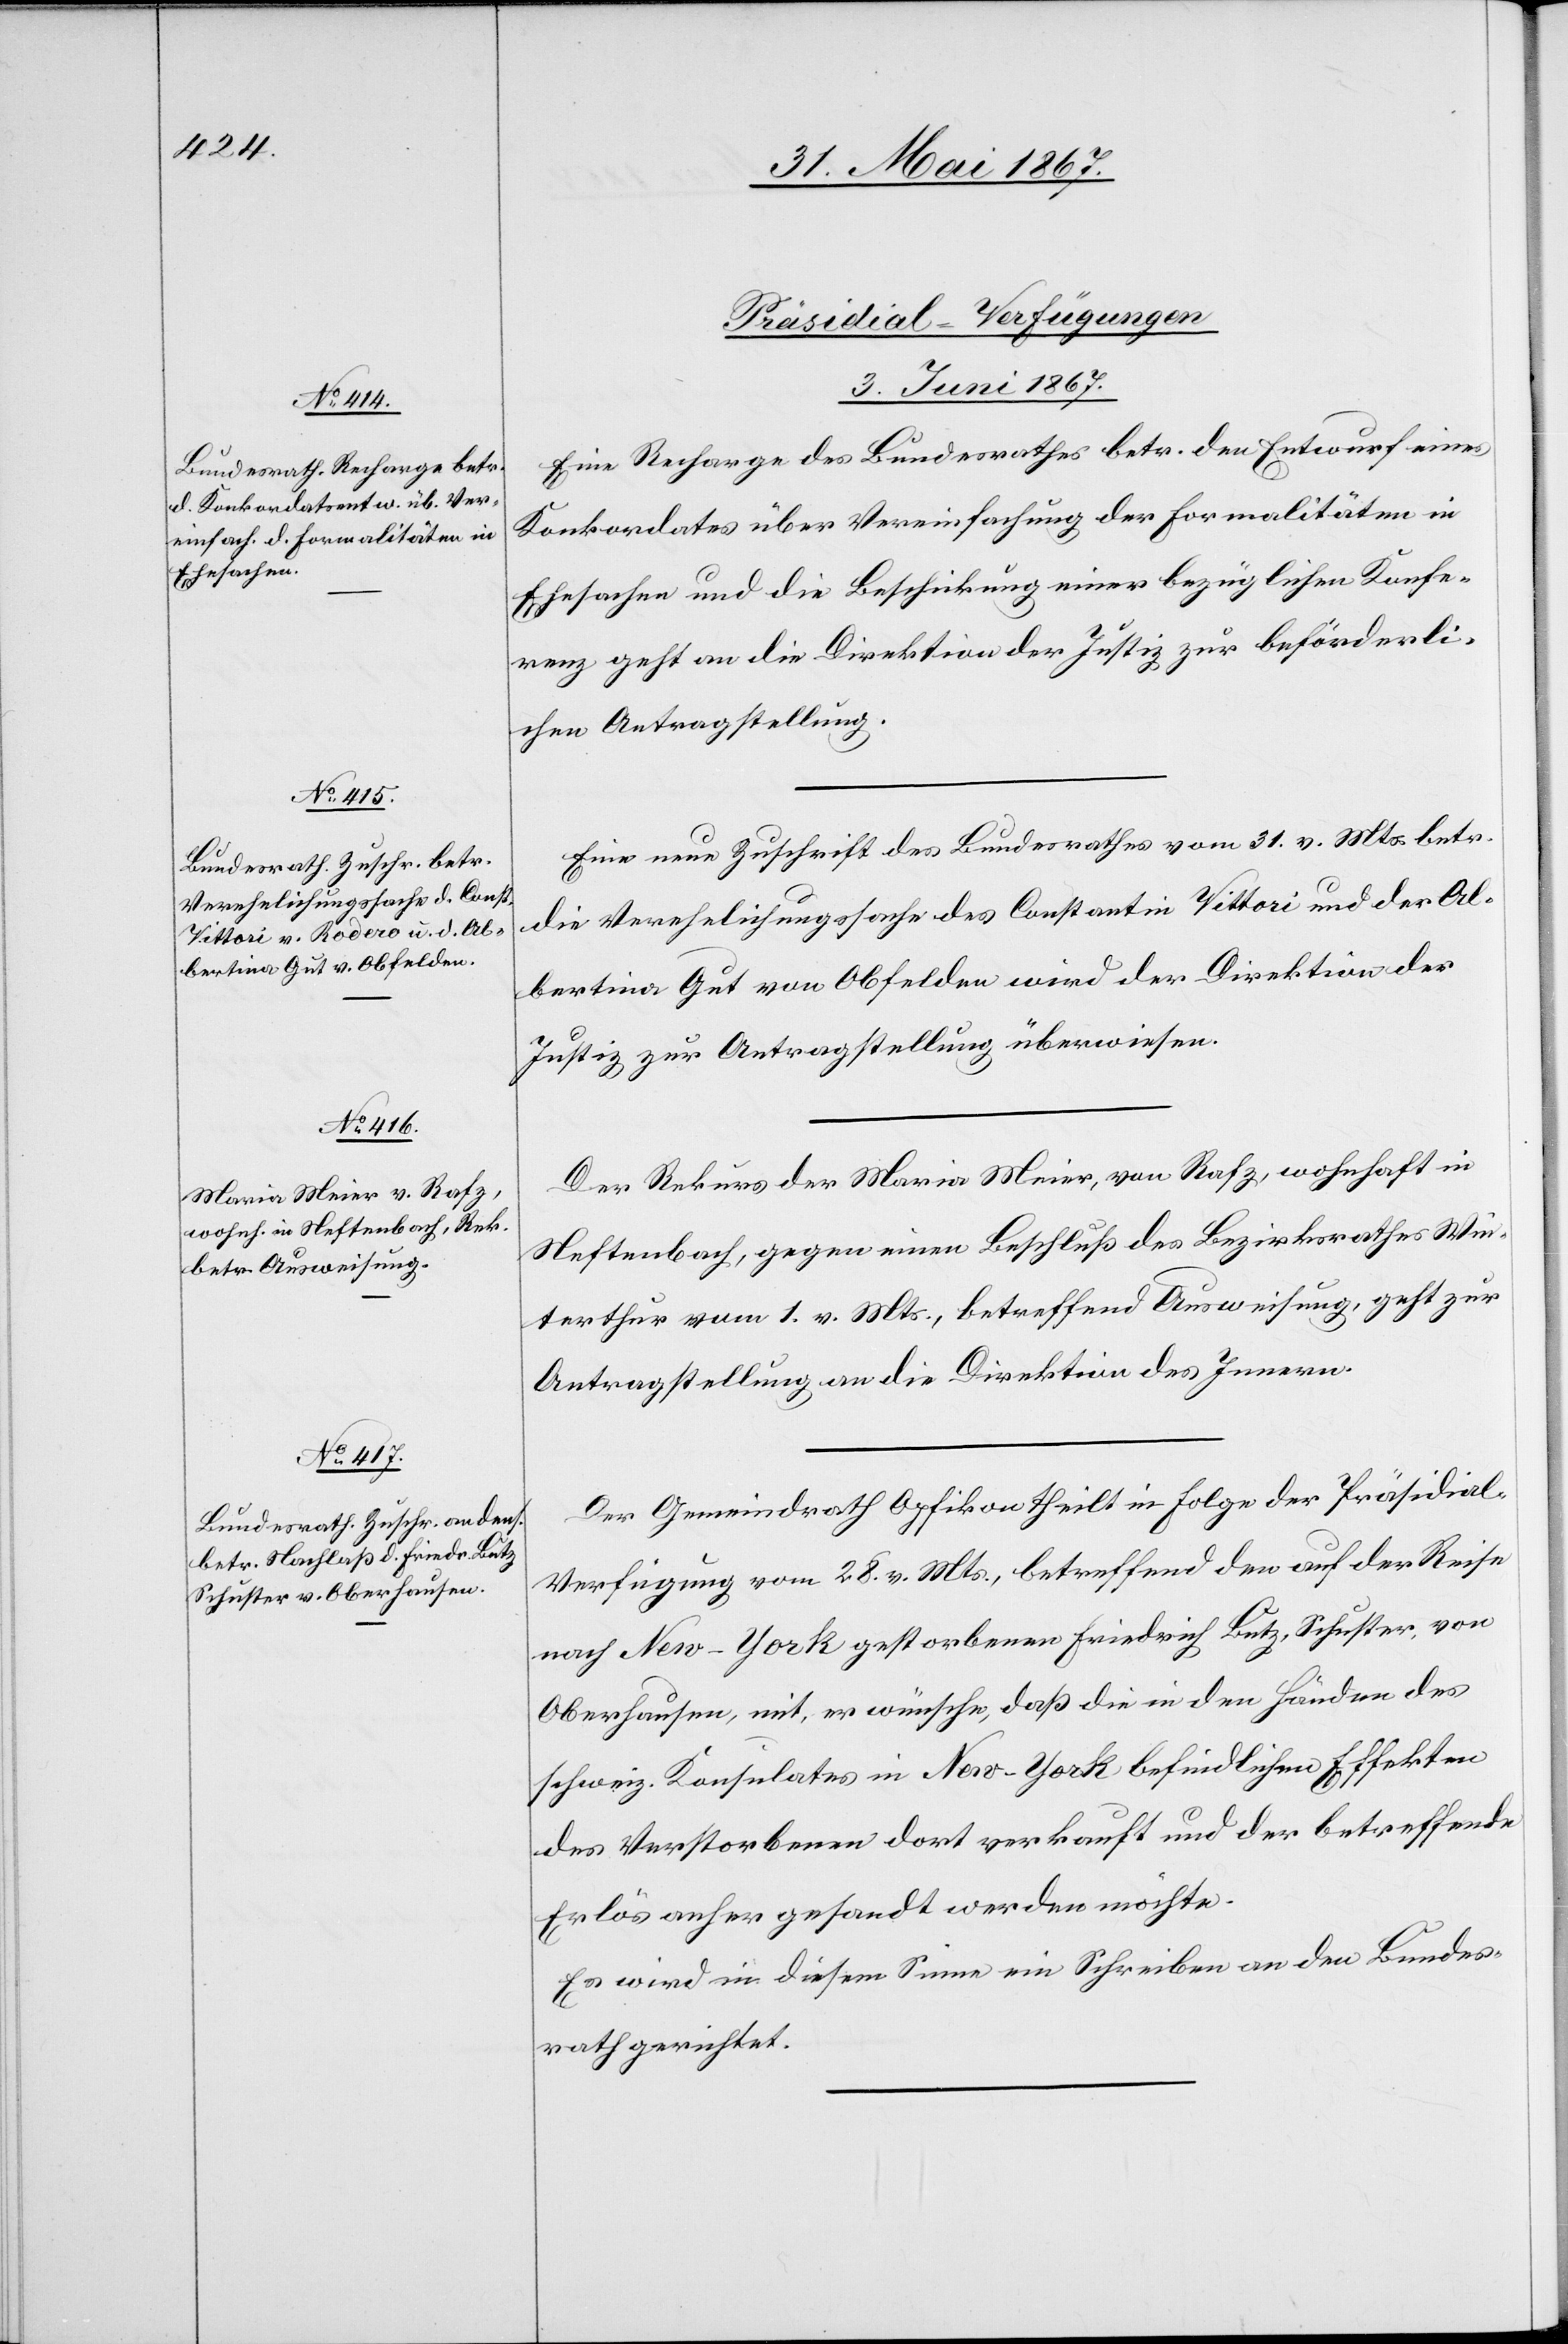
[Präsidial-Verfügungen
3. Juni 1867.]
Eine Recharge des Bundesrathes betr. den Entwurf eines
Konkordates über Vereinfachung der Formalitäten in
Ehesachen und die Beschickung einer bezüglichen Konfe¬
renz geht an die Direktion der Justiz zur beförderli¬
chen Antragstellung.
Eine neue Zuschrift des Bundesrathes vom 31. v. Mts. betr.
die Verehlichungssache des Constantin Vittori und der Al¬
bertina Gut von Obfelden wird der Direktion der
Justiz zur Antragstellung überwiesen.
Der Rekurs der Maria Meier, von Rafz, wohnhaft in
Neftenbach, gegen einen Beschluß des Bezirksrathes Win¬
terthur vom 1. v. Mts., betreffend Ausweisung, geht zur
Antragstellung an die Direktion des Innern.
Der Gemeindrath Opfikon theilt in Folge der Präsidial-V¬
erfügung vom 28. v. Mts., betreffend den auf der Reise
nach New-York gestorbenen Friedrich Lutz, Schuster von
Oberhausen, mit, er wünsche, daß die in den Händen des
schweiz. Konsulates in New-York befindlichen Effekten
des Verstorbenen dort verkauft und der betreffende
Erlös anher gesandt werden möchte.
Es wird in diesem Sinn ein Schreiben an den Bundes¬
rath gerichtet.